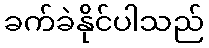
ခက်ခဲနိုင်ပါသည်